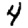
Digit: 4